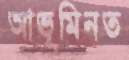
আভূমিনত